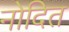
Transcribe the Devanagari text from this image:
नोदित